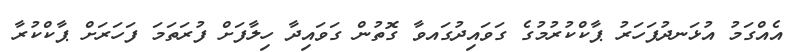
އެއްގަމު އުޅަނދުފަހަރު ޕާކްކުރުމުގެ ގަވައިދުގައވާ ގޮތުން ގަވައިދާ ހިލާފަށް ފުރަތަމަ ފަހަރަށް ޕާކްކުރާ